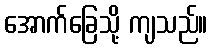
အောက်ခြေသို့ ကျသည်။